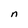
Character: n